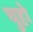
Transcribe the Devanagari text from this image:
चुहो